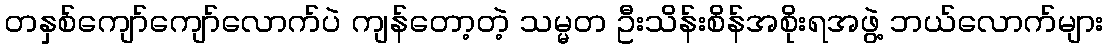
တနှစ်ကျော်ကျော်လောက်ပဲ ကျန်တော့တဲ့ သမ္မတ ဦးသိန်းစိန်အစိုးရအဖွဲ့ ဘယ်လောက်များ